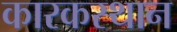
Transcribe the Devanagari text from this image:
कारकस्थान